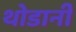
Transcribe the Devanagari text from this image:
थोडानी